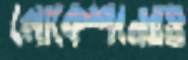
লোকেশনেরও